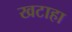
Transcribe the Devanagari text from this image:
खटाहा